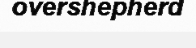
overshepherd